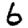
Digit: 6